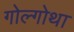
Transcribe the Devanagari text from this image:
गोल्गोथा